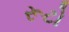
રૂટો